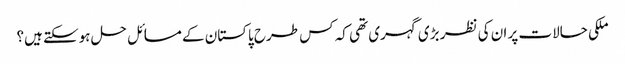
ملکی حالات پر ان کی نظر بڑی گہری تھی کہ کس طرح پاکستان کے مسائل حل ہوسکتے ہیں؟